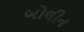
બોલીન